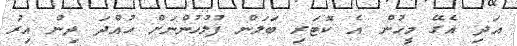
އަދި އެގޭ މީހުން އެ ކޮޓަރި ބަލަން ފުލުހުންނަށް ހުއްދަ ދިން އިރު